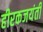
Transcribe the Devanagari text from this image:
हीरकजयंती